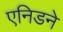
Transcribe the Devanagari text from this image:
एनिडने